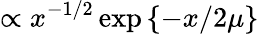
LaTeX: \propto x^{-1/2}\exp\left\{ -x/2\mu\right\}